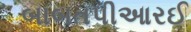
બાબતપીઆરઈ